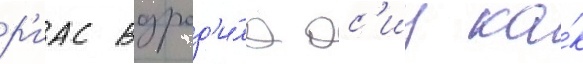
р'иас возрод'и́ла ас'иу ка́к